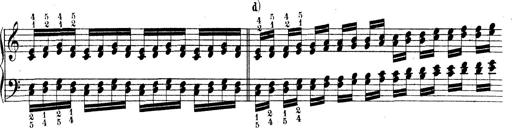
Title: Technische Studien
Composer: Franz Liszt